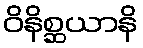
ဝိနိစ္ဆယာနိ